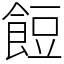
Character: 餖